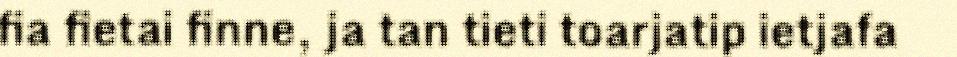
fia fietai finne, ja tan tieti toarjatip ietjafa